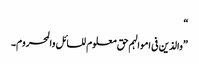
“
”والذین فی اموالہم حق معلوم للسائل والمحروم۔